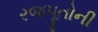
રજપૂતોની